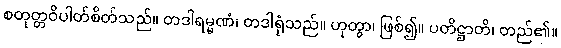
စတုတ္တဝိပါတ်စိတ်သည်။ တဒါရမ္မဏံ၊ တဒါရုံသည်။ ဟုတွာ၊ ဖြစ်၍။ ပတိဋ္ဌာတိ၊ တည်၏။